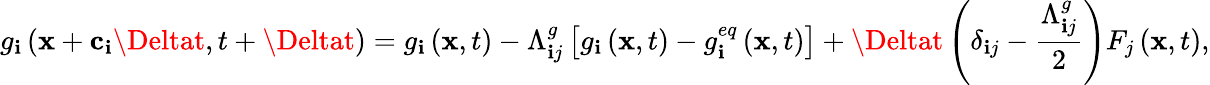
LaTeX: g_{\mathbf{i}}\left(\mathbf{{x}}+\mathbf{{c}}_{\mathbf{i}}\Deltat,t+\Deltat\right)=g_{\mathbf{i}}\left(\mathbf{{x}},t\right)-\Lambda_{\mathbf{i}j}^{g}\left[g_{\mathbf{i}}\left(\mathbf{{x}},t\right)-g_{\mathbf{i}}^{eq}\left(\mathbf{{x}},t\right)\right]+\Deltat\left(\delta_{\mathbf{i}j}-\frac{{\Lambda_{\mathbf{i}j}^{g}}}{{2}}\right)F_{j}\left(\mathbf{{x}},t\right),